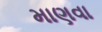
માણવા